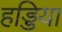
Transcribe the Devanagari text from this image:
हड्डिया